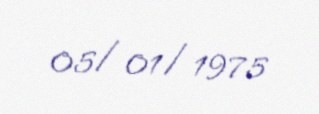
05/01/1975